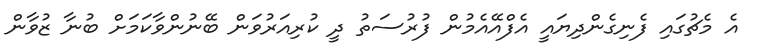
އެ މެޗުގައި ފެނިގެންދިޔައީ އެފްއޭއެމުން ފުރުސަތު ދީ ކުރިއަރުވަން ބޭނުންވާކަމަށް ބުނާ ޒުވާން